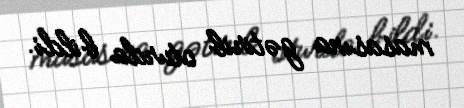
masasına gətirib oturda bildi.